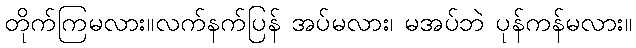
တိုက်ကြမလား။လက်နက်ပြန် အပ်မလား၊ မအပ်ဘဲ ပုန်ကန်မလား။